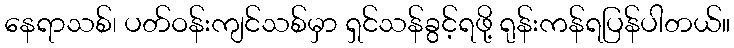
နေရာသစ်၊ ပတ်ဝန်းကျင်သစ်မှာ ရှင်သန်ခွင့်ရဖို့ ရုန်းကန်ရပြန်ပါတယ်။